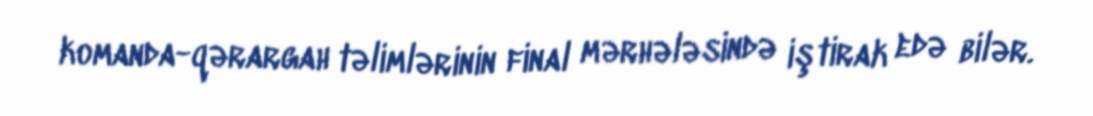
komanda-qərargah təlimlərinin final mərhələsində iştirak edə bilər.